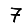
Digit: 7